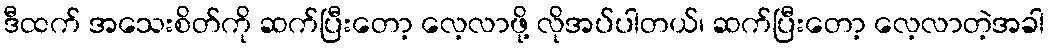
ဒီထက် အသေးစိတ်ကို ဆက်ပြီးတော့ လေ့လာဖို့ လိုအပ်ပါတယ်၊ ဆက်ပြီးတော့ လေ့လာတဲ့အခါ